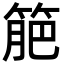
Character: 䈈